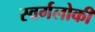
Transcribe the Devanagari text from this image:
स्वर्गलोकी